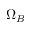
\Omega _ { B }